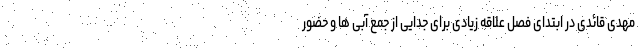
مهدی قائدی در ابتدای فصل علاقه زیادی برای جدایی از جمع آبی ها و حضور